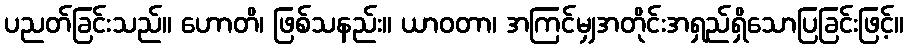
ပညတ်ခြင်းသည်။ ဟောတိ၊ ဖြစ်သနည်း။ ယာဝတာ၊ အကြင်မျှအတိုင်းအရှည်ရှိသောပြခြင်းဖြင့်။